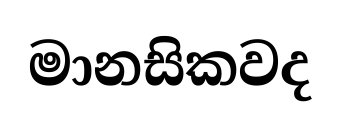
මානසිකවද